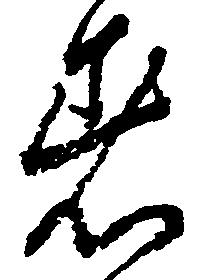
着